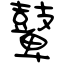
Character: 鼙